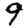
Digit: 9